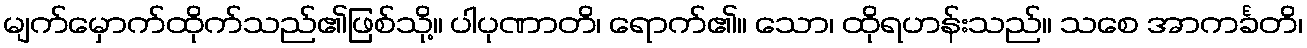
မျက်မှောက်ထိုက်သည်၏ဖြစ်သို့။ ပါပုဏာတိ၊ ရောက်၏။ သော၊ ထိုရဟန်းသည်။ သစေ အာကင်္ခတိ၊